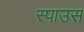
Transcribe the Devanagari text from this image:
स्पाउस